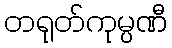
တရုတ်ကုမ္ပဏီ